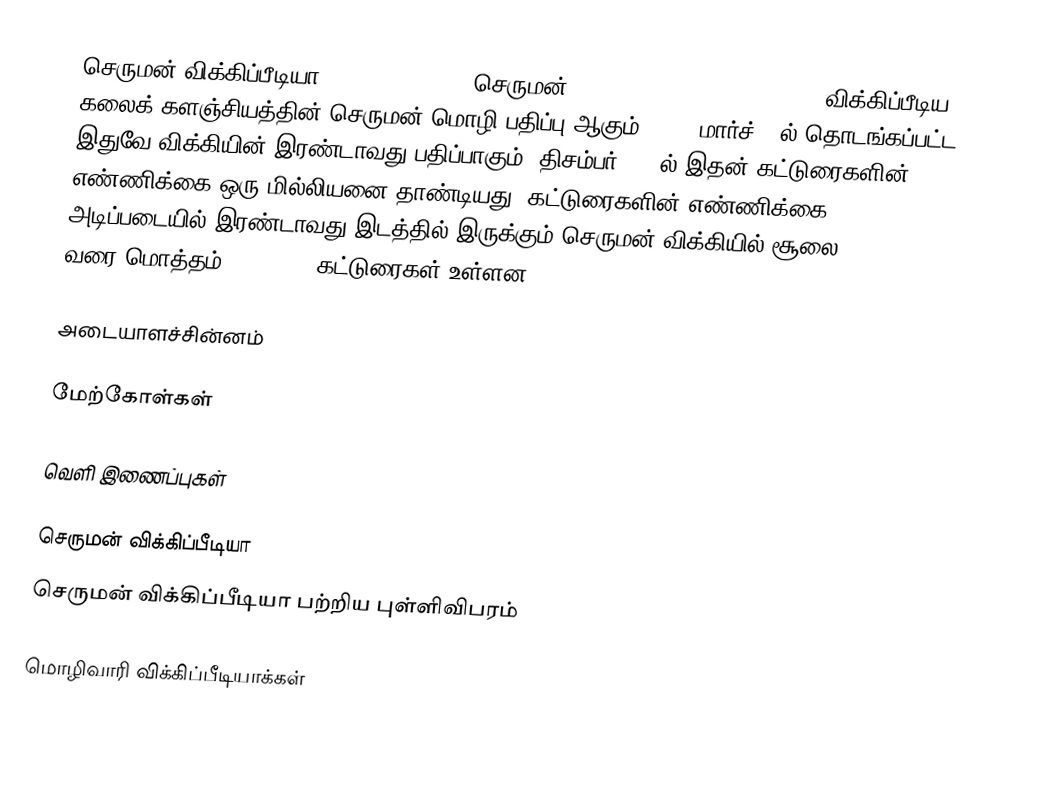
செருமன் விக்கிப்பீடியா(German Wikioedia செருமன்: Deutschsprachige Wikipedia) விக்கிப்பீடிய கலைக் களஞ்சியத்தின் செருமன் மொழி பதிப்பு ஆகும். 2001 மார்ச் 16ல் தொடங்கப்பட்ட இதுவே விக்கியின் இரண்டாவது பதிப்பாகும். திசம்பர் 2009ல் இதன் கட்டுரைகளின் எண்ணிக்கை ஒரு மில்லியனை தாண்டியது. கட்டுரைகளின் எண்ணிக்கை அடிப்படையில் இரண்டாவது இடத்தில் இருக்கும் செருமன் விக்கியில் சூலை 3, 2012 வரை மொத்தம் 1,442,603 கட்டுரைகள் உள்ளன.

அடையாளச்சின்னம்

மேற்கோள்கள்

வெளி இணைப்புகள்

 செருமன் விக்கிப்பீடியா
 செருமன் விக்கிப்பீடியா பற்றிய புள்ளிவிபரம்

மொழிவாரி விக்கிப்பீடியாக்கள்